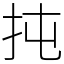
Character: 扽